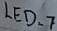
Text: LED_7